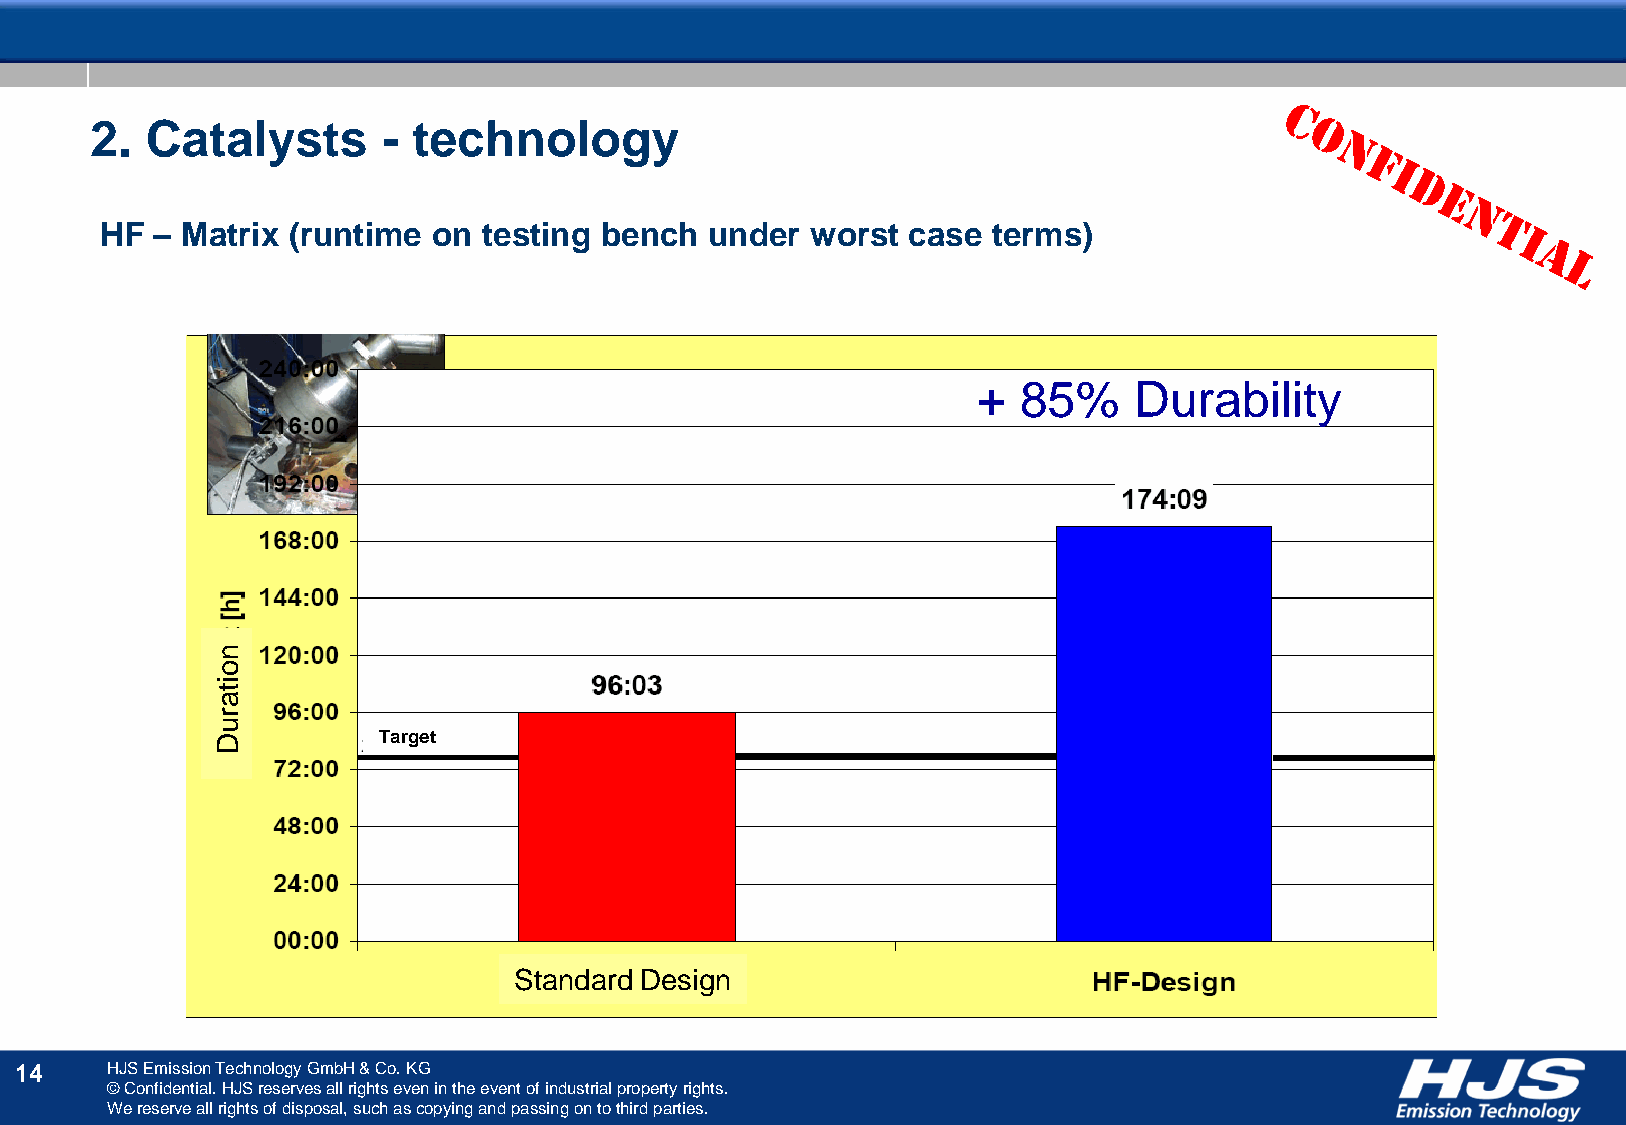
2.  Catalysts      - technology
 HF – Matrix (runtime  on testing bench  under  worst case  terms)
 + 85%     Durability
 n
 o
 i
 t
 a
 r
 u
 D          Target
 Standard Design
 14    HJS Emission Technology GmbH & Co. KG
 © Confidential. HJS reserves all rights even in the event of industrial property rights.
 We reserve all rights of disposal, such as copying and passing on to third parties.